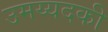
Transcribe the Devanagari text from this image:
उमय्यदकी